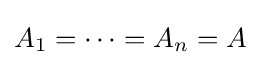
A_{1}=\cdots =A_{n}=A